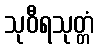
သုဝီရသုတ္တံ